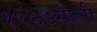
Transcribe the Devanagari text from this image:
१९६७साली